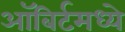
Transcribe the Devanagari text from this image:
ऑबिर्टमध्ये